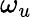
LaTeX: \omega_{u}